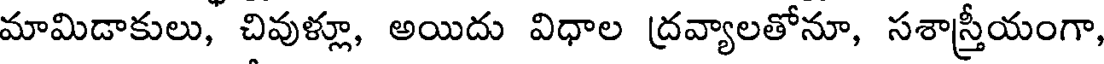
మామిడాకులు, చివుళ్లూ, అయిదు విధాల ద్రవ్యాలతోనూ, సశాస్త్రీయంగా,